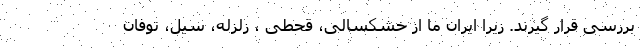
بررسی قرار گیرند. زیرا ایران ما از خشکسالی، قحطی ، زلزله، سیل، توفان